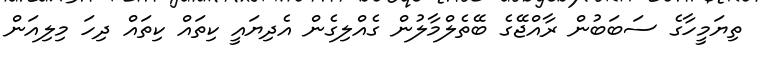
ތިޔަމީހާގެ ސަބަބުން ރާއްޖޭގެ ބޭތެލްމާލުން ގެއްލިގެން އެދިޔައީ ކިތައް ކިތައް ދިހަ މިލިއަން